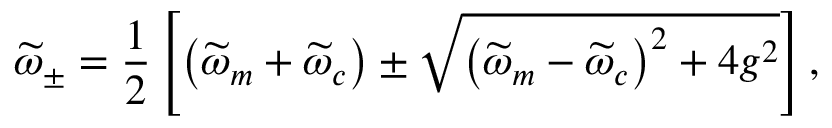
\widetilde { \omega } _ { \pm } = \frac { 1 } { 2 } \left[ \left( \widetilde { \omega } _ { m } + \widetilde { \omega } _ { c } \right) \pm \sqrt { \left( \widetilde { \omega } _ { m } - \widetilde { \omega } _ { c } \right) ^ { 2 } + 4 g ^ { 2 } } \right] ,